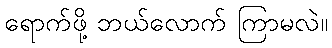
ရောက်ဖို့ ဘယ်လောက် ကြာမလဲ။